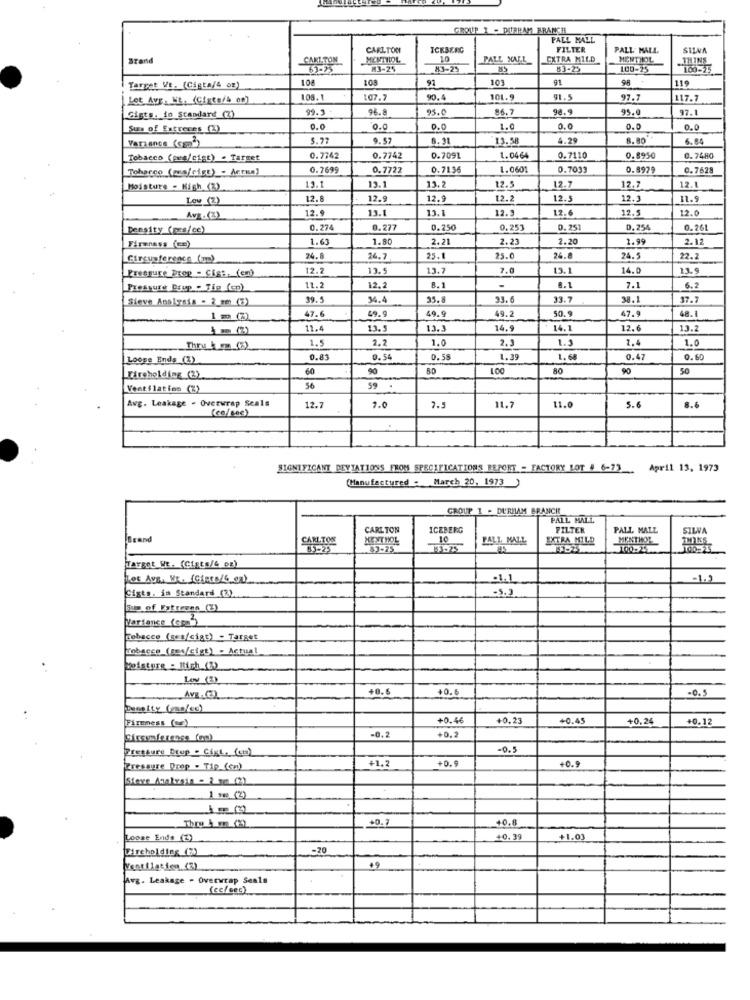
GROUP 1 - DURHAM BRANCH
PALL MALL
CARLTON
ICEBERG
FILTER
PALL MALL
SILVA
Brand
CARLTON
MENTHOL
PALL XA.L
CXTRA MILD
MENTHOL
M3-25
43-25
83-25
100-25
108
108
91
103
91
9.8
119
Target VE. (Csgta/4 og)
108.1
107.7
90.4
101.
91.5
97.7
17.7
99.3
96.8
93.0
86.7
98.9
95.0
97.1
Gigts. io Standard (2)
Sus of Extrenes (2)
0.0
0.0
0.0
1.0
0.0
0.0
0.0
Variance (ca2)
5.77
9.57
8.91
3.58
4.29
8.80
6.80
Tobacco (pun/cist) - Target
0.7742
0.7742
0.7091
1.0464
0.7110
0.8950
0.7480
Toharco (mea/cigt) - Actua)
0.7699
0.7722
0.7196
1.0601
0.7033
0.8929
0.7628
Moisture - Kigh (%)
13.1
13.1
13.2
12.5
12.7
12.7
12.1
Low_(2)
12.8
12.9
12.9
12.2
12.
12.3
11.9
12.9
13.1
13.1
12.3
12.6
12.5
12.0
Avg.(3)
Density (ps/ce)
0.274
0.277
0.250
0.253
0.251
D. 254
0.261
Firmness (ce)
1.63
1.80
2.21
2.23
2.20
1.99
2.12
Circumference (mm)
74.8
26.7
25.1
25.0
24.
24.5
22.2
Pressure Drop - Gigt. (en)
12.2
13.5
13.7
7.0
19.1
14.0
13. 9
7.1
Pressure Doup . Tip (cp)
11.2
12.2
8. 1
-
8.1
6.2
Sieve Analysis - 2_mm (3)
39.5
34.4
95.8
33.6
33-7
38.1
37.7
47.6
49.9
49.9
48.1
49.2
50.9
47.9
m (2)
11.4
13.5
13.3
14.9
14.1
12.6
13.2
1.5
2.2
1.0
2.3
1.3
2,4
1.0
Loose Ends (3)
0.83
0.54
0.58
1.39
1.68
0.47
0.60
60
80
90
Fireholding (2)
Ventilaties (%)
56
59
Avg. Leakage - Overwrap Seals
(co/sec)
12.7
1.0
7.5
11.7
11.0
5.6
8.6
SIGNIFICANT DEVIATIONS FROM SPECIFICATIONS REPORT = FACTORY LOT # 6-73.
April 13, 1973
(Manufactured . March 20, 1973)
GROUP I . DURHAM BRANCH
PALL MALL
CARLTON
ICEBERG
FILTER
PALL MALL
SILVA
Brand
CARLTON
MENT HOL
PALL MALL
EXTRA MILD
MENTHOL
53-25
JaTEOt VE. (Cists/4 og)
Lot AVE. WE. (GARES/6 oz)
.1.1
-1-3
Cists. in Standard (2)
-5. 3
Site of Fytreenn (2)
Variance (spa )
Tobacco (ges/ciat) - Target
Tobacco (sms/cigt) - Actual
Moisture : Hich (3)
+0.6
+0.6
-0.5
AVE - (E)
Density (200/00)
Firmness (or)
+0.46
+0.23
+0.4
-0,24
+0.12
+0.2
Pressure Drup - Cisl. (cn)
-0.5
+1.2
+0.9
+0.9
Pressure Drop - Tip (cm)
Steve Andkesin - 3 mm (2)
1 1 (2)
Thro A mm (%)
40.8
Loose Ends (Z)
+0.39
+1.03
Fireholding (7)
-70
49
Avg. Leakage - Overwrap Seals
(cc/ sec)